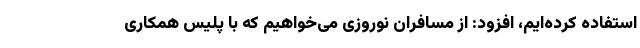
استفاده کرده‌ایم، افزود: از مسافران نوروزی می‌خواهیم که با پلیس همکاری